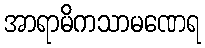
အာရာမိကသာမဏေရ